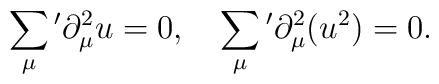
\sum_{\mu}{}'\partial_{\mu}^2 u=0, \quad   \sum_{\mu}{}'\partial_{\mu}^2 (u^2)=0.